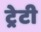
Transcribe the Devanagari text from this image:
ट्रेटी